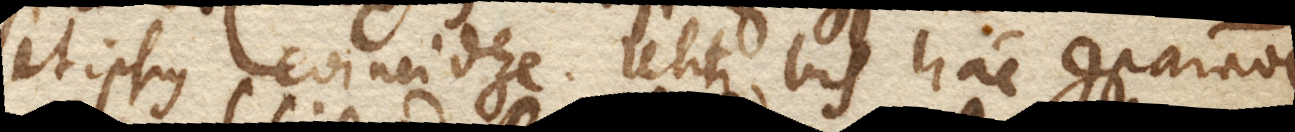
et ipsius coincidere. Utitur bis hac comparatione